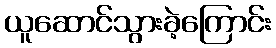
ယူဆောင်သွားခဲ့ကြောင်း